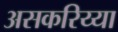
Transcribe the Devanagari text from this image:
असकरिय्या